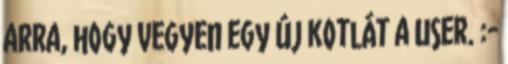
arra, hogy vegyen egy új kotlát a user. :-